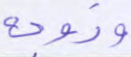
وزوجه